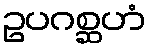
ဥပဂစ္ဆဟံ